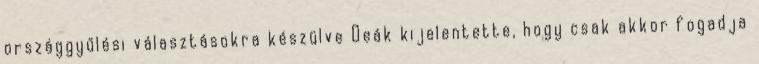
országgyűlési választásokra készülve Deák kijelentette, hogy csak akkor fogadja